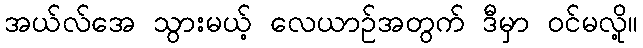
အယ်လ်အေ သွားမယ့် လေယာဉ်အတွက် ဒီမှာ ဝင်မလို့။